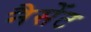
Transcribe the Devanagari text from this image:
नैसेंट